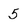
Character: 5